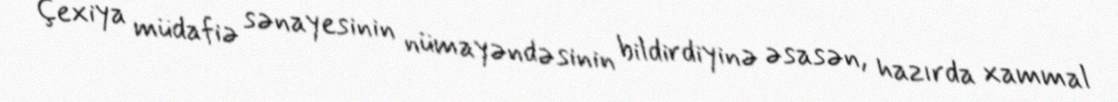
Çexiya müdafiə sənayesinin nümayəndəsinin bildirdiyinə əsasən, hazırda xammal